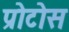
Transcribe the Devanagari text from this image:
प्रोटोस